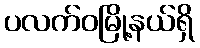
ပလက်ဝမြို့နယ်ရှိ